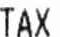
TAX